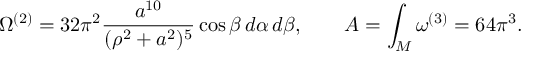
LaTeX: \Omega ^ { ( 2 ) } = 3 2 \pi ^ { 2 } { \frac { a ^ { 1 0 } } { ( \rho ^ { 2 } + a ^ { 2 } ) ^ { 5 } } } \cos \beta \, d \alpha \, d \beta , \quad \quad { \cal A } = \int _ { \cal M } \omega ^ { ( 3 ) } = 6 4 \pi ^ { 3 } .